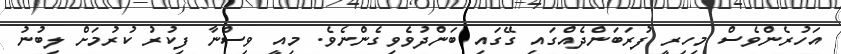
އަހުރެންވެސް މިހިރީ ފުރަބަންދެއްގައި ގޭގައި ބަންދުވެވިގެންނެވެ. މިއީ ވިސްނާ ފިކުރު ކުރުމަށް ލިބުނު